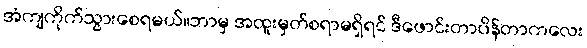
အံကျကိုက်သွားစေရမယ်။ဘာမှ အထူးမှတ်စရာမရှိရင် ဒီဖောင်းတာပိန်တာကလေး